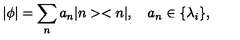
| \phi | = \sum _ { n } a _ { n } | n > < n | , \quad a _ { n } \in \{ \lambda _ { i } \} ,